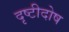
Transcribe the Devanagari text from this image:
दृष्टीदोष